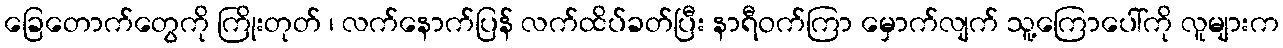
ခြေတောက်တွေကို ကြိုးတုတ် ၊ လက်နောက်ပြန် လက်ထိပ်ခတ်ပြီး နာရီဝက်ကြာ မှောက်လျက် သူ့ကြောပေါ်ကို လူများက